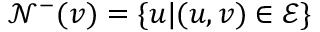
\mathcal { N } ^ { - } ( v ) = \{ u | ( u , v ) \in \mathcal { E } \}